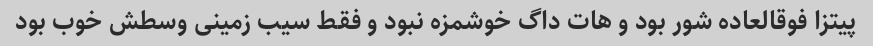
پیتزا فوقالعاده شور بود و هات داگ خوشمزه نبود و فقط سیب زمینی وسطش خوب بود